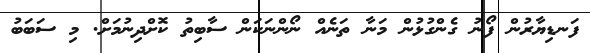
ފަނޑިޔާރުން ފޯނު ގެންގުޅުން މަނާ ތަނެއް ނޯންނަކަން ސާބިތު ކޮށްދިނުމަށް. މި ސަބަބު